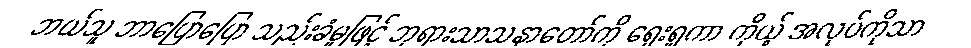
ဘယ်သူ ဘာပြောပြော သည်းခံမှုဖြင့် ဘုရားသာသနာတော်ကို ရှေးရှုကာ ကိုယ့် အလုပ်ကိုသာ